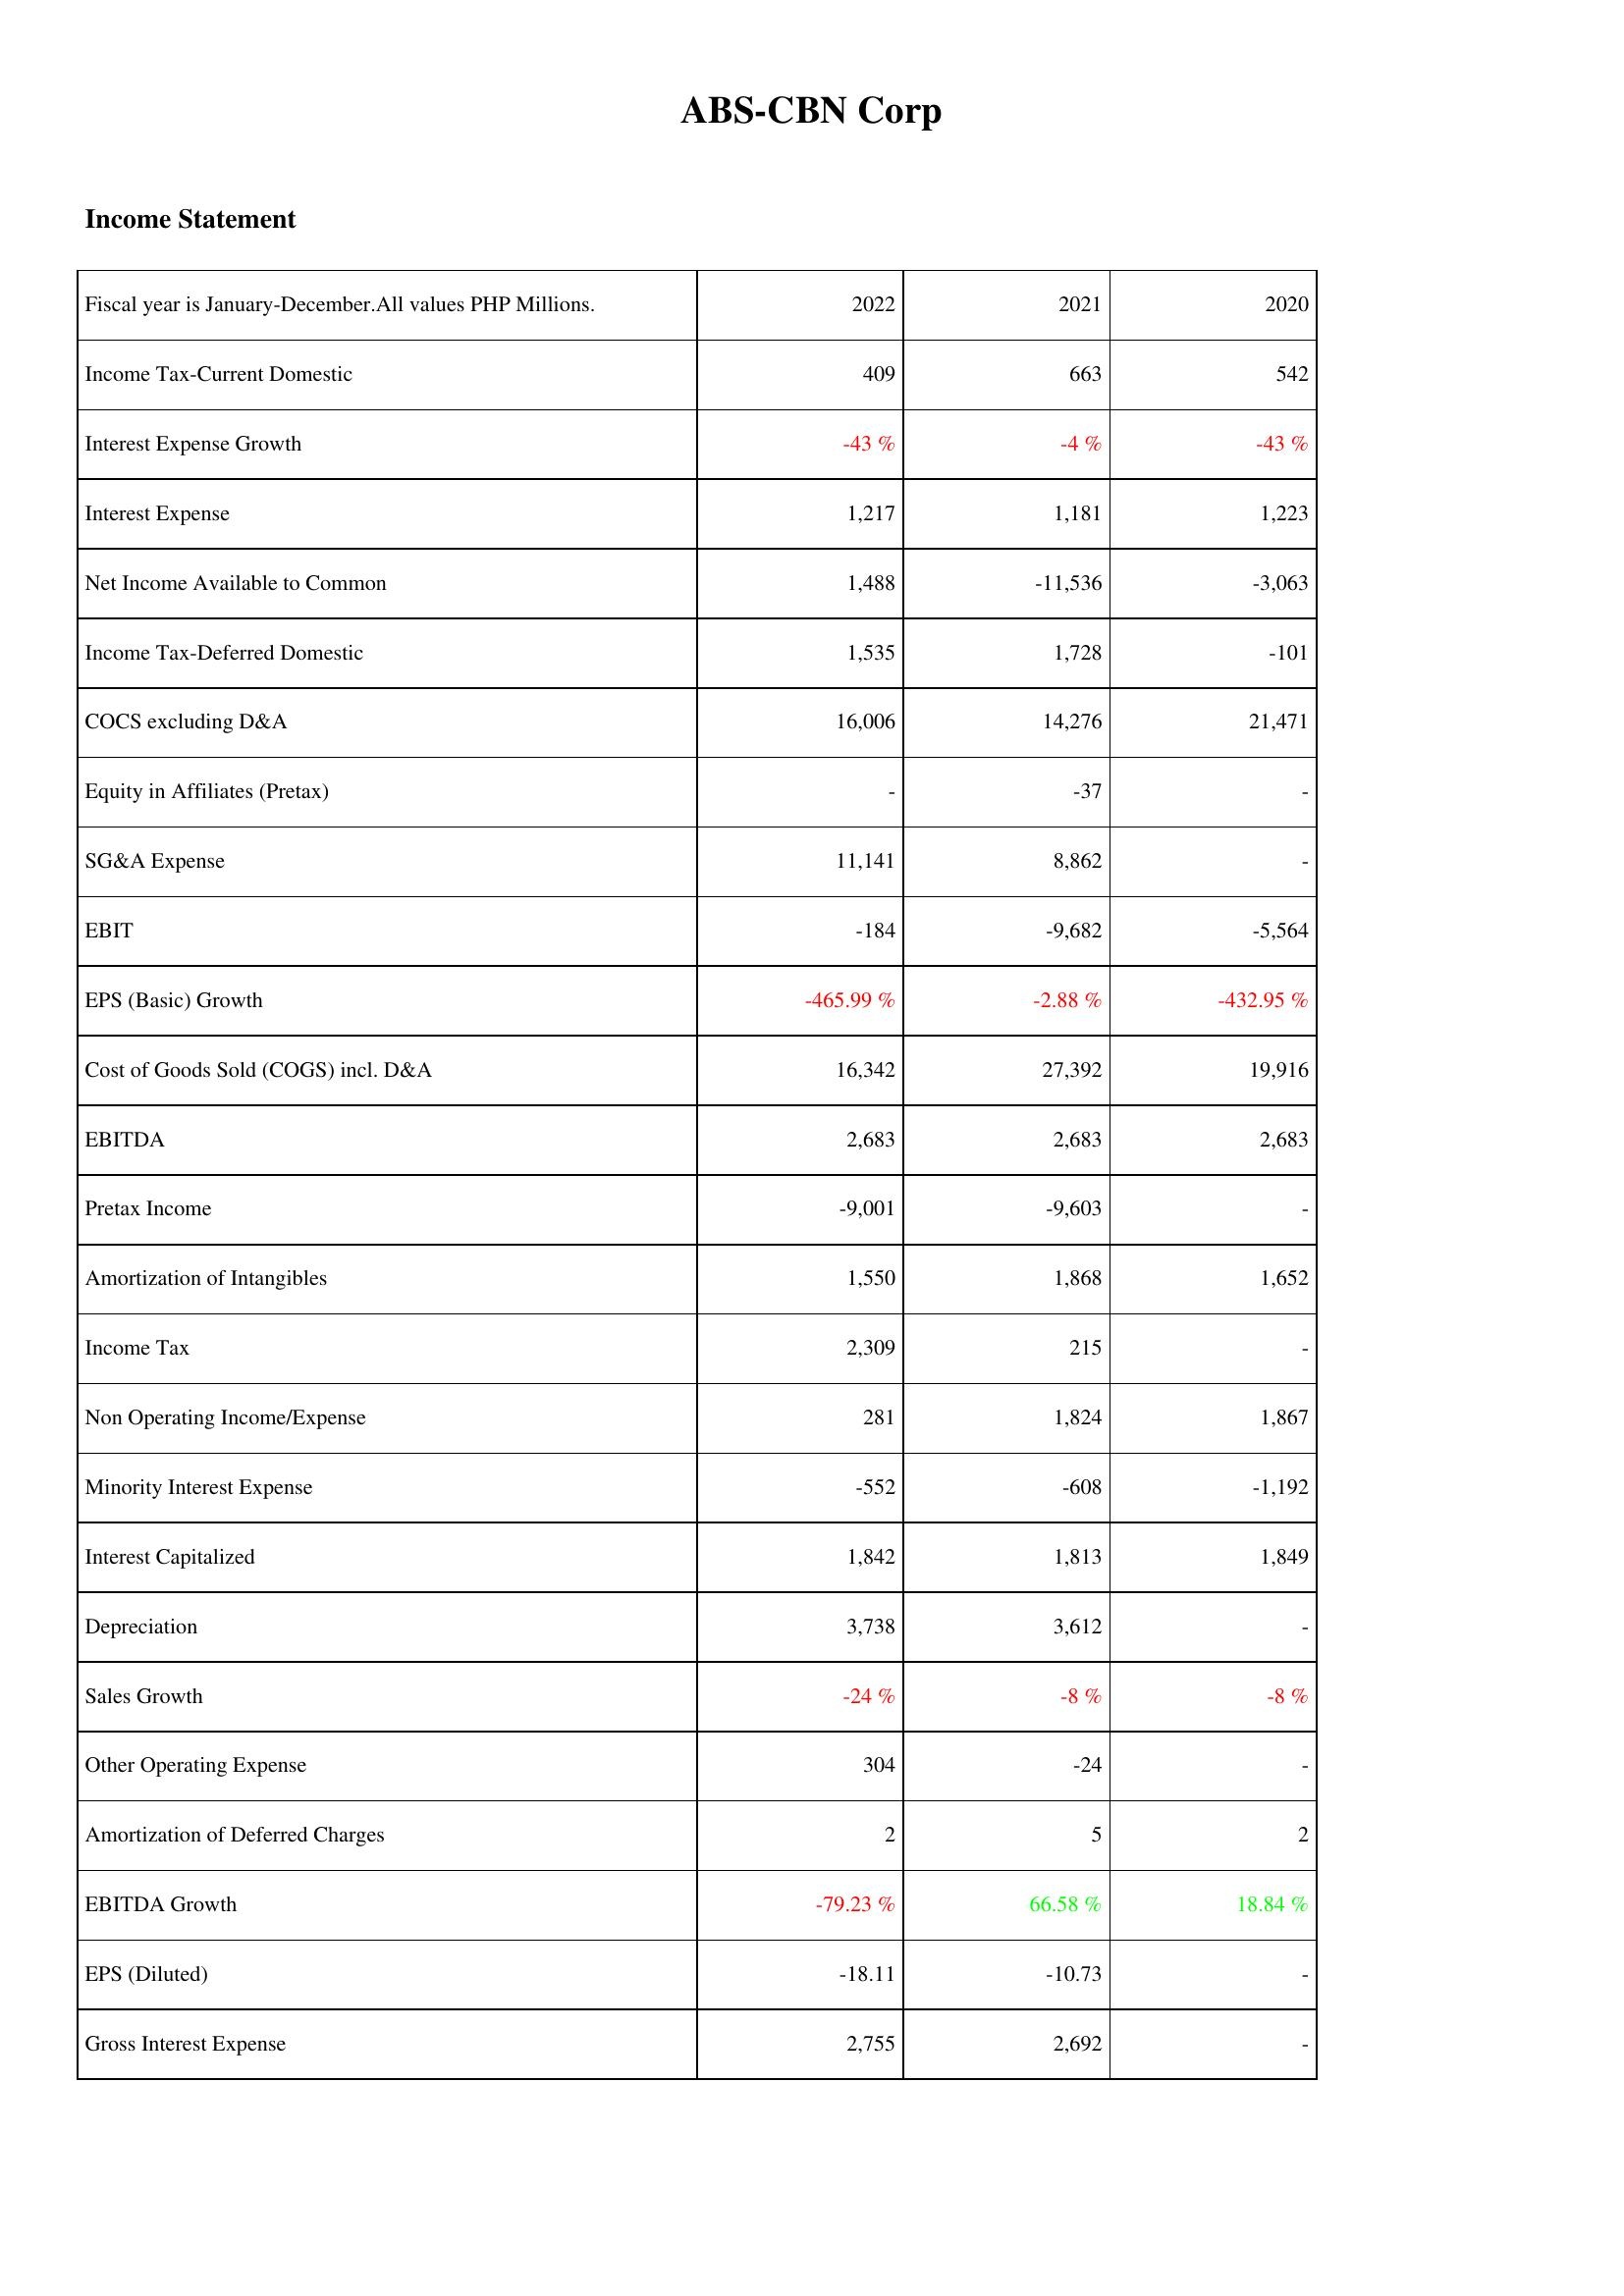
2022: Income Statement: Income Tax-Current Domestic: 409
Interest Expense Growth: -43 %
Interest Expense: 1,217
Net Income Available to Common: 1,488
Income Tax-Deferred Domestic: 1,535
COCS excluding D&A: 16,006
Equity in Affiliates (Pretax): -
SG&A Expense: 11,141
EBIT: -184
EPS (Basic) Growth: -465.99 %
Cost of Goods Sold (COGS) incl. D&A: 16,342
EBITDA: 2,683
Pretax Income: -9,001
Amortization of Intangibles: 1,550
Income Tax: 2,309
Non Operating Income/Expense: 281
Minority Interest Expense: -552
Interest Capitalized: 1,842
Depreciation: 3,738
Sales Growth: -24 %
Other Operating Expense: 304
Amortization of Deferred Charges: 2
EBITDA Growth: -79.23 %
EPS (Diluted): -18.11
Gross Interest Expense: 2,755
2021: Income Statement: Income Tax-Current Domestic: 663
Interest Expense Growth: -4 %
Interest Expense: 1,181
Net Income Available to Common: -11,536
Income Tax-Deferred Domestic: 1,728
COCS excluding D&A: 14,276
Equity in Affiliates (Pretax): -37
SG&A Expense: 8,862
EBIT: -9,682
EPS (Basic) Growth: -2.88 %
Cost of Goods Sold (COGS) incl. D&A: 27,392
EBITDA: 2,683
Pretax Income: -9,603
Amortization of Intangibles: 1,868
Income Tax: 215
Non Operating Income/Expense: 1,824
Minority Interest Expense: -608
Interest Capitalized: 1,813
Depreciation: 3,612
Sales Growth: -8 %
Other Operating Expense: -24
Amortization of Deferred Charges: 5
EBITDA Growth: 66.58 %
EPS (Diluted): -10.73
Gross Interest Expense: 2,692
2020: Income Statement: Income Tax-Current Domestic: 542
Interest Expense Growth: -43 %
Interest Expense: 1,223
Net Income Available to Common: -3,063
Income Tax-Deferred Domestic: -101
COCS excluding D&A: 21,471
Equity in Affiliates (Pretax): -
SG&A Expense: -
EBIT: -5,564
EPS (Basic) Growth: -432.95 %
Cost of Goods Sold (COGS) incl. D&A: 19,916
EBITDA: 2,683
Pretax Income: -
Amortization of Intangibles: 1,652
Income Tax: -
Non Operating Income/Expense: 1,867
Minority Interest Expense: -1,192
Interest Capitalized: 1,849
Depreciation: -
Sales Growth: -8 %
Other Operating Expense: -
Amortization of Deferred Charges: 2
EBITDA Growth: 18.84 %
EPS (Diluted): -
Gross Interest Expense: -